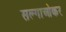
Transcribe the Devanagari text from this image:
सल्गाओकर